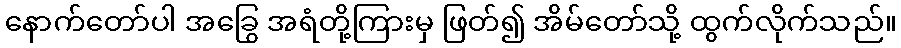
နောက်တော်ပါ အခြွေ အရံတို့ကြားမှ ဖြတ်၍ အိမ်တော်သို့ ထွက်လိုက်သည်။